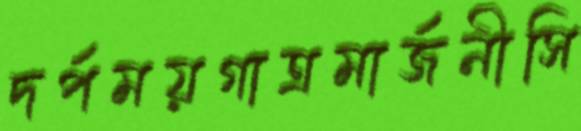
দর্পময়গাত্রমার্জনীসি